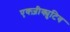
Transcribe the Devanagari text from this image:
एक्ज़ीक्युटिव